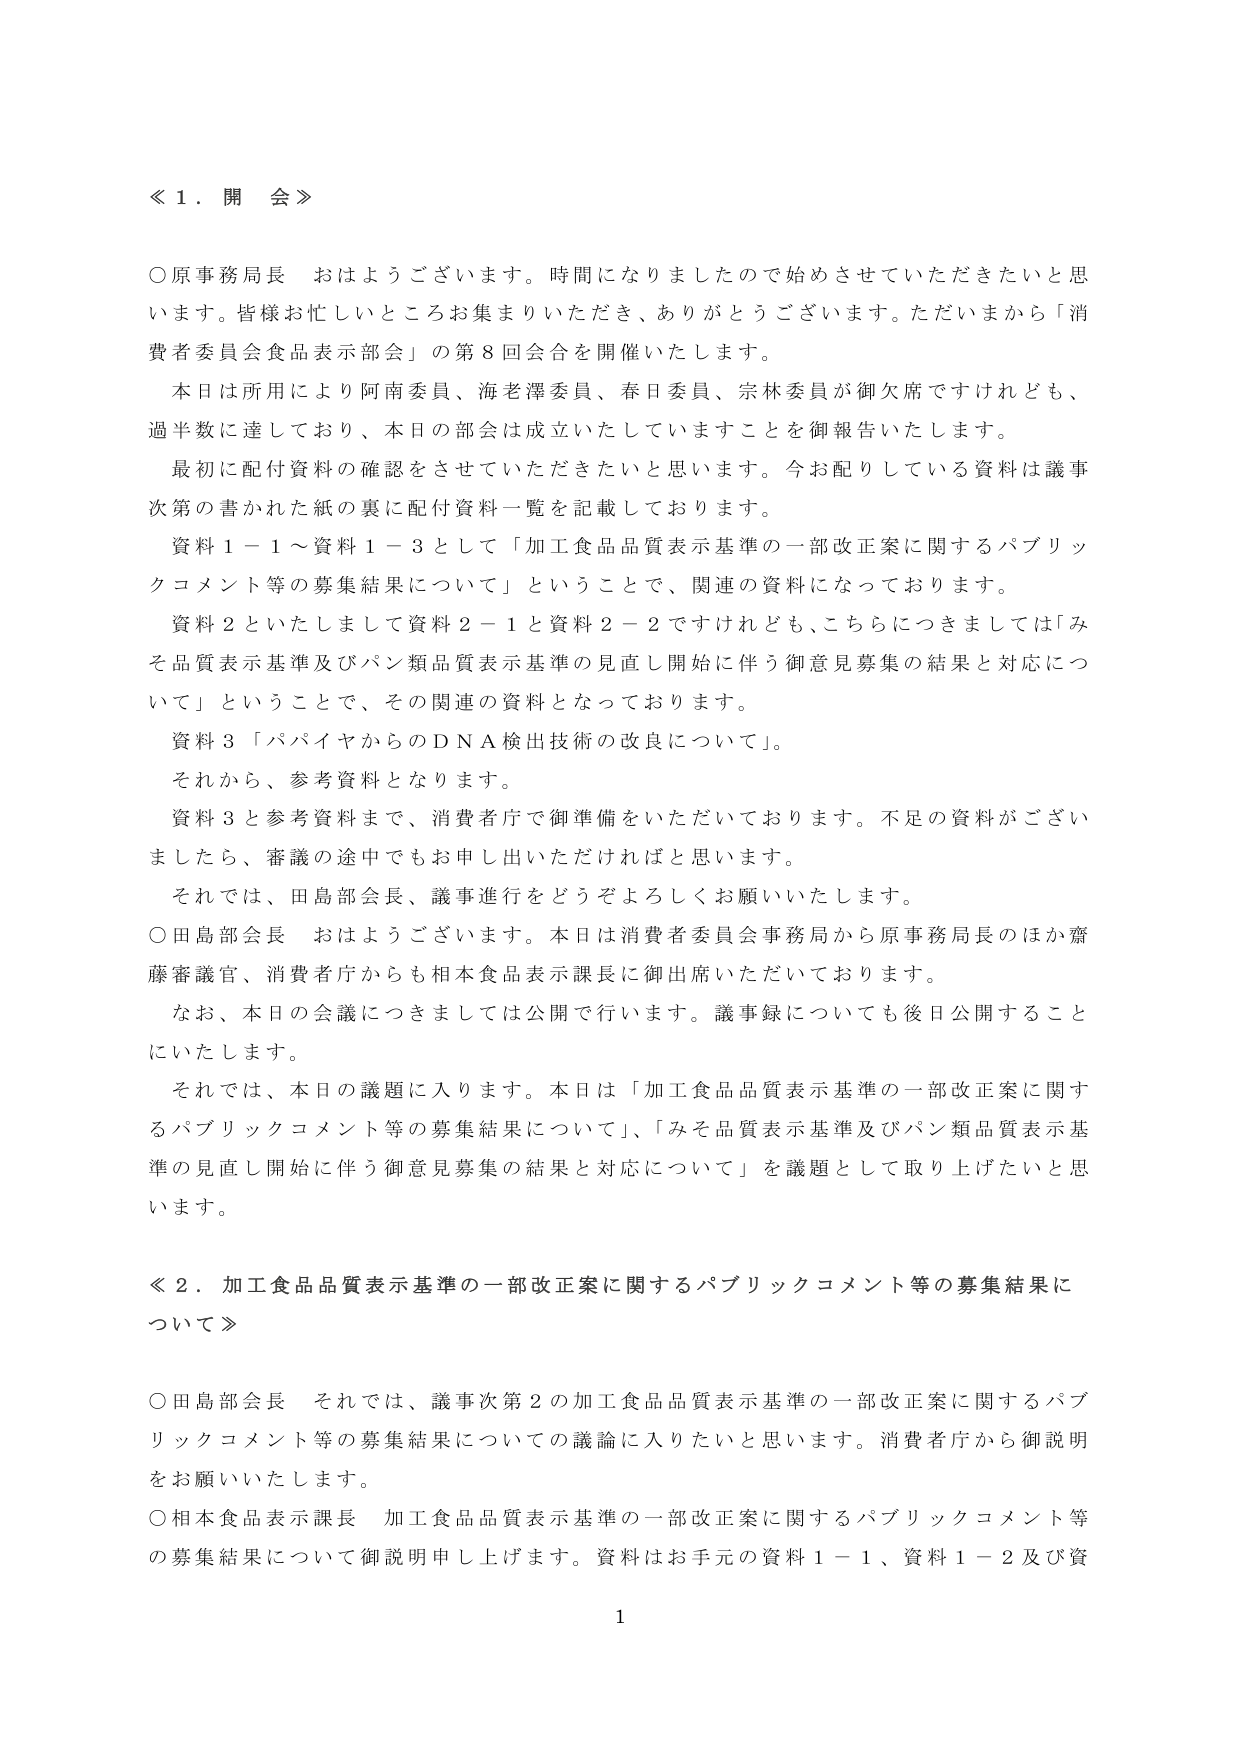
≪１．開会≫

○原事務局長　おはようございます。時間になりましたので始めさせていただきたいと思います。皆様お忙しいところお集まりいただき、ありがとうございます。ただいまから「消費者委員会食品表示部会」の第８回会合を開催いたします。

本日は所用により阿南委員、海老澤委員、春日委員、宗林委員が御欠席ですけれども、過半数に達しており、本日の部会は成立いたしていることを御報告いたします。

最初に配付資料の確認をさせていただきたいと思います。今お配りしている資料は議事次第の書かれた紙の裏に配付資料一覧を記載しております。

資料１－１～資料１－３として「加工食品品質表示基準の一部改正案に関するパブリックコメント等の募集結果について」ということで、関連の資料になっております。

資料２といたしまして資料２－１と資料２－２ですけれども、こちらにつきましては「みそ品質表示基準及びパン類品質表示基準の見直し開始に伴う御意見募集の結果と対応について」ということで、その関連の資料となっております。

資料３「バパイヤからのＤＮＡ検出技術の改良について」。

それから、参考資料となります。

資料３と参考資料まで、消費者庁で御準備をいただいております。不足の資料がございましたら、審議の途中でもお申し出いただければと思います。

それでは、田島部会長、議事進行をどうぞよろしくお願いいたします。

○田島部会長　おはようございます。本日は消費者委員会事務局から原事務局長のほか齋藤審議官、消費者庁からも相本食品表示課長に御出席いただいております。

なお、本日の会議につきましては公開で行います。議事録についても後日公開することにいたします。

それでは、本日の議題に入ります。本日は「加工食品品質表示基準の一部改正案に関するパブリックコメント等の募集結果について」、「みそ品質表示基準及びパン類品質表示基準の見直し開始に伴う御意見募集の結果と対応について」を議題として取り上げたいと思います。

≪２．加工食品品質表示基準の一部改正案に関するパブリックコメント等の募集結果について≫

○田島部会長　それでは、議事次第２の加工食品品質表示基準の一部改正案に関するパブリックコメント等の募集結果についての議論に入りたいと思います。消費者庁から御説明をお願いいたします。

○相本食品表示課長　加工食品品質表示基準の一部改正案に関するパブリックコメント等の募集結果について御説明申し上げます。資料はお手元の資料１－１、資料１－２及び資

1